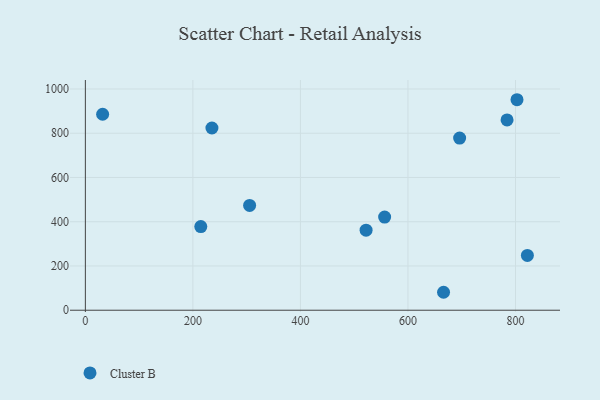
{"axis": {"x": "Distance", "y": "Sales"}, "legend": ["Cluster B"], "data": [{"x": "214.7", "y": 378.1, "type": "Cluster B"}, {"x": "305.5", "y": 473.8, "type": "Cluster B"}, {"x": "696.1", "y": 778.3, "type": "Cluster B"}, {"x": "822.1", "y": 247.5, "type": "Cluster B"}, {"x": "556.6", "y": 421.0, "type": "Cluster B"}, {"x": "802.8", "y": 951.5, "type": "Cluster B"}, {"x": "784.3", "y": 860.2, "type": "Cluster B"}, {"x": "235.4", "y": 823.7, "type": "Cluster B"}, {"x": "666.2", "y": 81.1, "type": "Cluster B"}, {"x": "32.1", "y": 885.8, "type": "Cluster B"}, {"x": "522.1", "y": 361.7, "type": "Cluster B"}]}